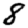
Digit: 8